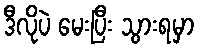
ဒီလိုပဲ မေးပြီး သွားရမှာ